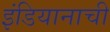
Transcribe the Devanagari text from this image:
इंडियानाची